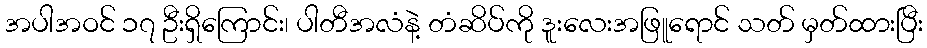
အပါအဝင် ၁၇ ဦးရှိကြောင်း၊ ပါတီအလံနဲ့ တံဆိပ်ကို ဒူးလေးအဖြူရောင် သတ် မှတ်ထားပြီး